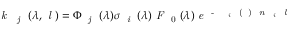
\textit { k } \textsubscript { \textit { j } } ( \lambda , \textit { l } ) = \Phi \textsubscript { \textit { j } } ( \lambda ) \sigma \textsubscript { \textit { i } } ( \lambda ) \textit { F } \textsubscript { 0 } ( \lambda ) \textit { e } \textsuperscript { - \sum \sigma \textsubscript { \textit { i } } ( \lambda ) \textit { n \textsubscript { \textit { i } } l } }